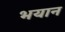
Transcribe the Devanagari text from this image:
भयान